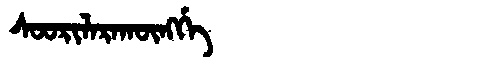
Manchu: ᠰᠣᠣᡵᡳᠯᠠᡵᠠᡴᡡᠩᡤᡝ
Romanization: SOORILARAKŪNGGE